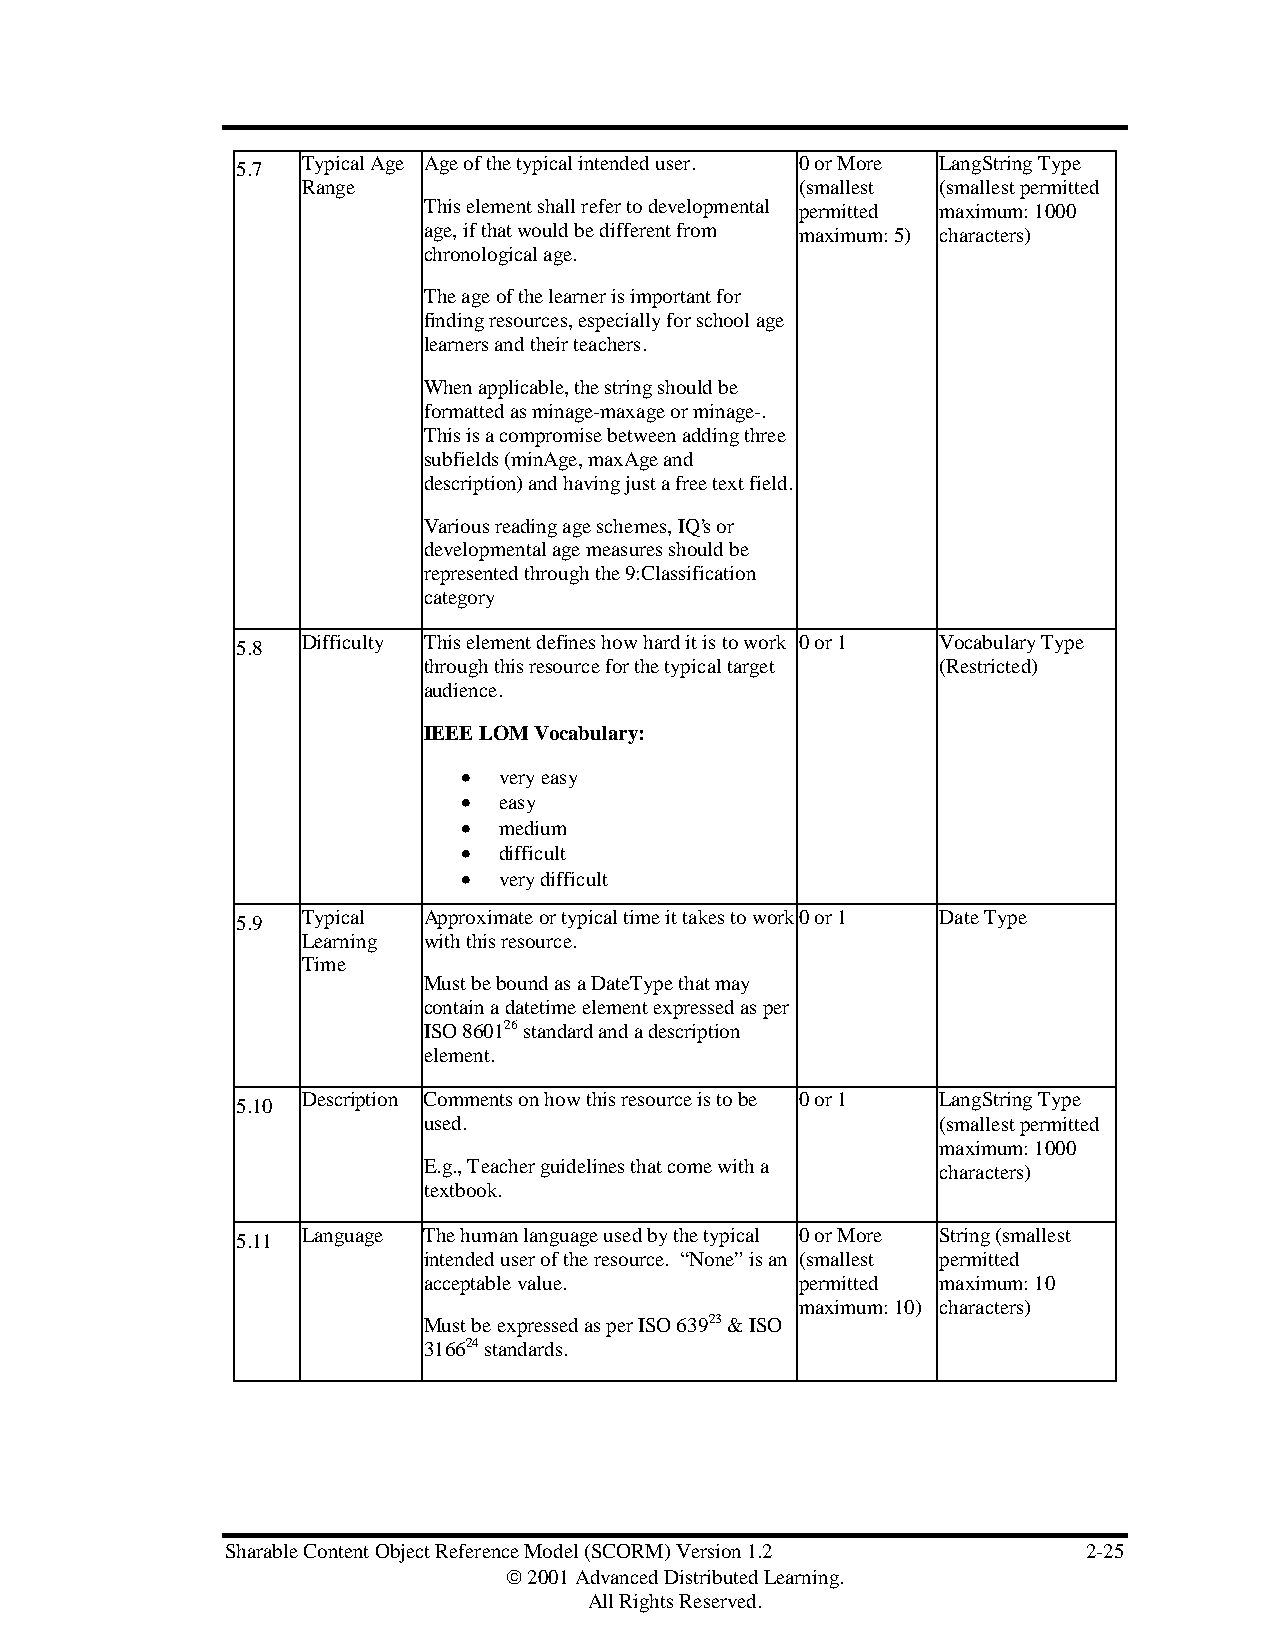
Typical Age Age of the typical intended user. 0 or More LangString Type
 5.7
 Range                            (smallest (smallest permitted
 This element shall refer to developmental permitted maximum: 1000
 age, if that would be different from maximum: 5) characters)
 chronological age.
 The age of the learner is important for
 finding resources, especially for school age
 learners and their teachers.
 When applicable, the string should be
 formatted as minage-maxage or minage-.
 This is a compromise between adding three
 subfields (minAge, maxAge and
 description) and having just a free text field.
 Various reading age schemes, IQ’s or
 developmental age measures should be
 represented through the 9:Classification
 category
 Difficulty This element defines how hard it is to work 0 or 1 Vocabulary Type
 5.8
 through this resource for the typical target (Restricted)
 audience.
 IEEE LOM Vocabulary:
 • very easy
 • easy
 • medium
 • difficult
 • very difficult
 Typical Approximate or typical time it takes to work 0 or 1 Date Type
 5.9
 Learning with this resource.
 Time
 Must be bound as a DateType that may
 contain a datetime element expressed as per
 ISO 860126 standard and a description
 element.
 Description Comments on how this resource is to be 0 or 1 LangString Type
 5.10
 used.                             (smallest permitted
 maximum: 1000
 E.g., Teacher guidelines that come with a characters)
 textbook.
 Language The human language used by the typical 0 or More String (smallest
 5.11
 intended user of the resource. “None” is an (smallest permitted
 acceptable value.        permitted maximum: 10
 maximum: 10) characters)
 Must be expressed as per ISO 63923 & ISO
 316624 standards.
 Sharable Content Object Reference Model (SCORM) Version 1.2 2-25
  2001 Advanced Distributed Learning.
 All Rights Reserved.